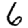
Digit: 6